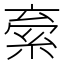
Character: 𬗐